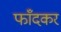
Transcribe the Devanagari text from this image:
फाँदकर